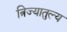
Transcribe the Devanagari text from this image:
त्रिज्यातुल्य